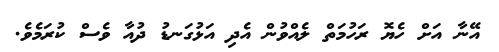
އޭނާ އަށް ހެޔޮ ރަހުމަތް ލެއްވުން އެދި އަޅުގަނޑު ދުއާ ވެސް ކުރަމެވެ.